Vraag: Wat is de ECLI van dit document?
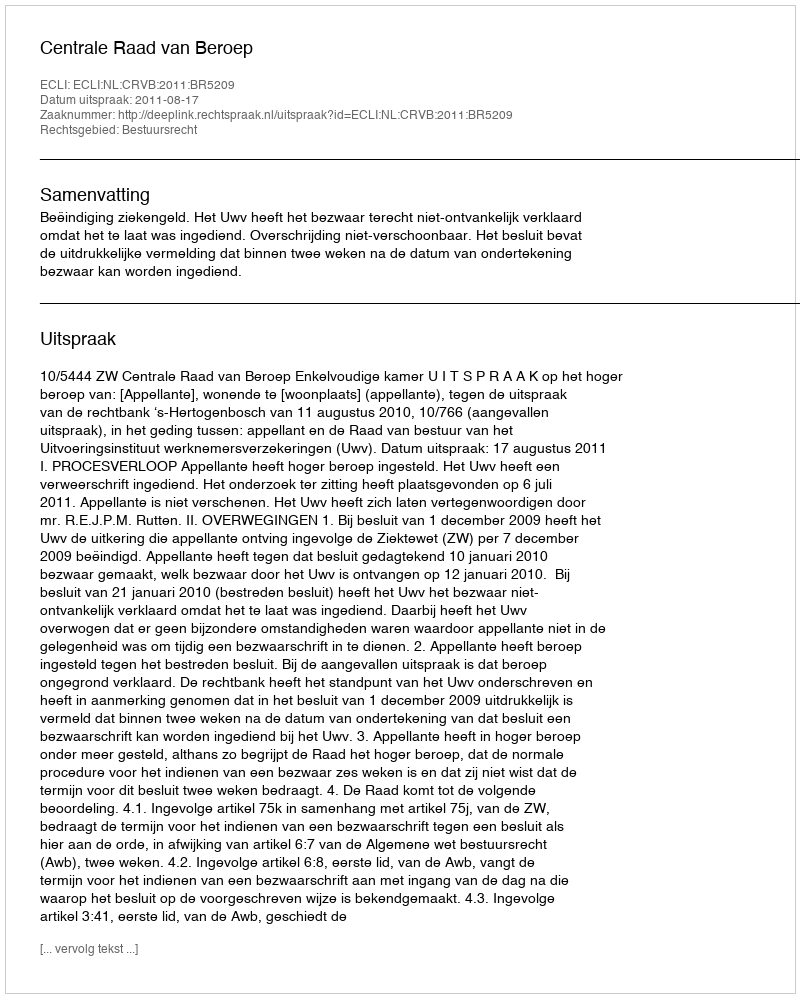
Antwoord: ECLI:NL:CRVB:2011:BR5209